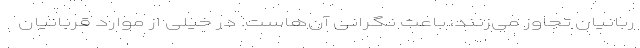
ربانیان تجاوز می‌زنند، باعث نگرانی آن‌هاست. در خیلی از موارد قربانیان